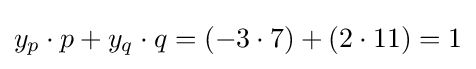
y_{p}\cdot p+y_{q}\cdot q=(-3\cdot 7)+(2\cdot 11)=1